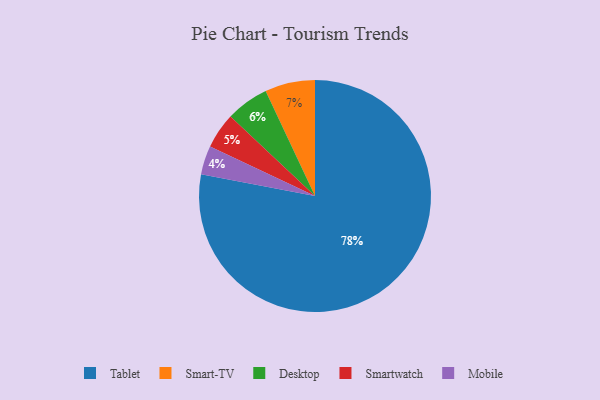
{"axis": {"x": "Category", "y": "Percentage"}, "legend": ["Desktop", "Mobile", "Smart-TV", "Smartwatch", "Tablet"], "data": [{"x": "Mobile", "y": 4, "type": "Mobile"}, {"x": "Desktop", "y": 6, "type": "Desktop"}, {"x": "Smartwatch", "y": 5, "type": "Smartwatch"}, {"x": "Smart-TV", "y": 7, "type": "Smart-TV"}, {"x": "Tablet", "y": 78, "type": "Tablet"}]}